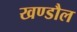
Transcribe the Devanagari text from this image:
खण्डौल